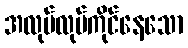
အလုပ်လုပ်ကိုင်နေသော